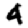
Digit: 4